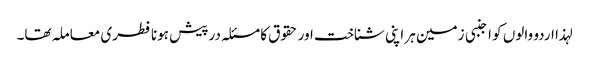
لہذا اردو والوں کو اجنبی زمین ہر اپنی شناخت اور حقوق کا مسئلہ درپیش ہونا فطری معاملہ تھا۔